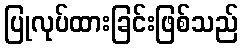
ပြုလုပ်ထားခြင်းဖြစ်သည်